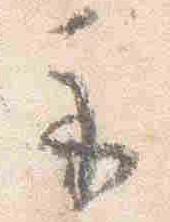
示